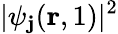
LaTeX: |\psi_{\mathbf{j}}({\mathbf{r}},1)|^{2}